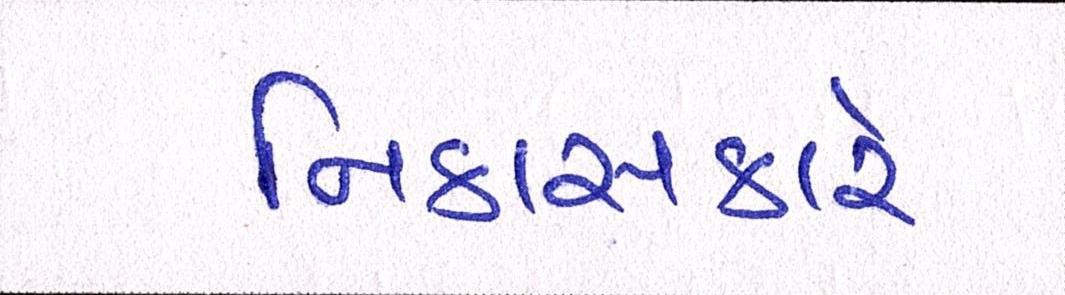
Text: નિકાસકારે